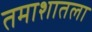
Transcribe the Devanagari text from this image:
तमाशातला